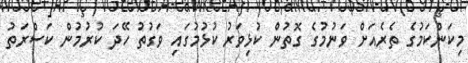
މިކަންކަމުގެ ތެރެއަށް ވަނުމުގެ ގޮތުން ކުޅިވަރު ކުޅުމުގައި ވަގުތު ހޭދަ ކުރުމުން ކަސްރަތު